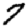
Digit: 7